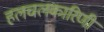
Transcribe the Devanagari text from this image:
हलचलकारिणी